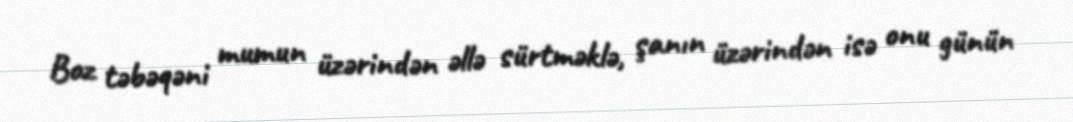
Boz təbəqəni mumun üzərindən əllə sürtməklə, şanın üzərindən isə onu günün